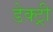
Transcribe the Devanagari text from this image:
डेक्ट्री